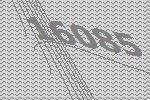
16085